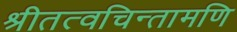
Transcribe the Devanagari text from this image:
श्रीतत्वचिन्तामणि